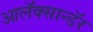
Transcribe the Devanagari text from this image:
आलॅक्सान्डॅर